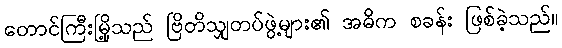
တောင်ကြီးမြို့သည် ဗြိတိသျှတပ်ဖွဲ့များ၏ အဓိက စခန်း ဖြစ်ခဲ့သည်။